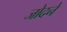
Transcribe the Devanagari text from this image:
जोदने